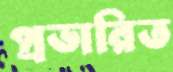
প্রভারিত